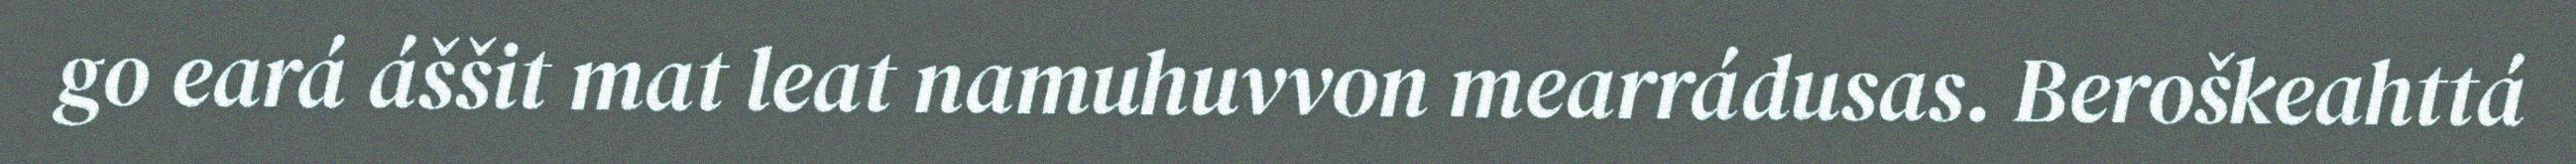
go eará áššit mat leat namuhuvvon mearrádusas. Beroškeahttá